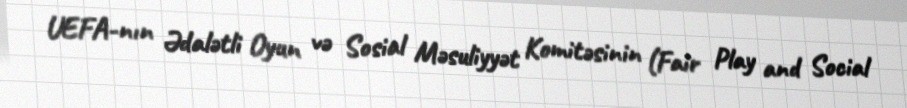
UEFA-nın Ədalətli Oyun və Sosial Məsuliyyət Komitəsinin (Fair Play and Social